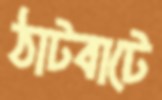
ঠাটবাটে